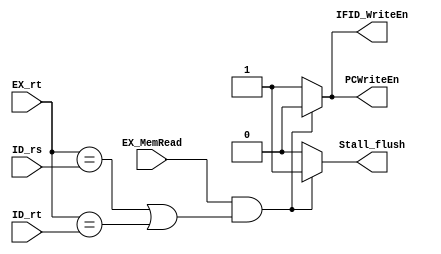
/*
Load-use hazard when
ID/EX.MemRead and((ID/EX.RegisterRt = IF/ID.RegisterRs) or (ID/EX.RegisterRt = IF/ID.RegisterRt))
If detected, stall and insert bubble
*/

module HazardDetection(PCWriteEn,IFID_WriteEn,Stall_flush,EX_MemRead,EX_rt,ID_rs,ID_rt);
output reg PCWriteEn,IFID_WriteEn,Stall_flush;
input [4:0] EX_rt,ID_rs,ID_rt;
input EX_MemRead;
initial begin
	PCWriteEn=1'b1;
	IFID_WriteEn=1'b1;
	Stall_flush =1'b0;
end

always @(EX_MemRead or EX_rt or ID_rs or ID_rt)
	begin
		if ((EX_MemRead==1)&&((EX_rt==ID_rs)||(EX_rt==ID_rt)))
			begin
				PCWriteEn=1'b0;
				IFID_WriteEn=1'b0;
				Stall_flush =1'b1;
			end
		else
			begin
				PCWriteEn=1'b1;
				IFID_WriteEn=1'b1;
				Stall_flush =1'b0;
			end
	end

endmodule